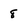
Character: 8